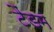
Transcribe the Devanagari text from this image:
टैंडम